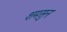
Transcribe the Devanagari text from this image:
शमसुन